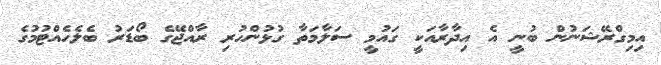
އިމިގްރޭޝަނުން ބުނީ އެ އިދާރާއަކީ ގައުމީ ސަލާމަތާ ގުޅުންހުރި ރާއްޖޭގެ ބޯޑަރު ބެލެހެއްޓުމުގެ